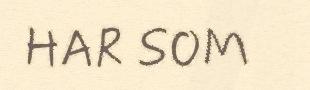
HAR SOM